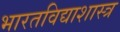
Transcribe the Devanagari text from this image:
भारतविद्याशास्त्र